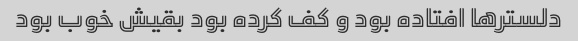
دلستر‌ها افتاده بود و کف کرده بود بقیش خوب بود